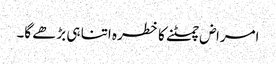
امراض چمٹنے کا خطرہ اتنا ہی بڑھے گا۔